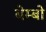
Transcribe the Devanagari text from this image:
बेम्बो